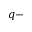
q -